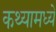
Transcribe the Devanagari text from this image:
कथ्यामध्ये